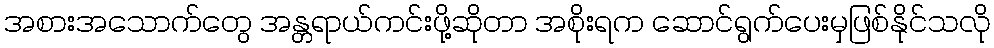
အစားအသောက်တွေ အန္တရာယ်ကင်းဖို့ဆိုတာ အစိုးရက ဆောင်ရွက်ပေးမှဖြစ်နိုင်သလို